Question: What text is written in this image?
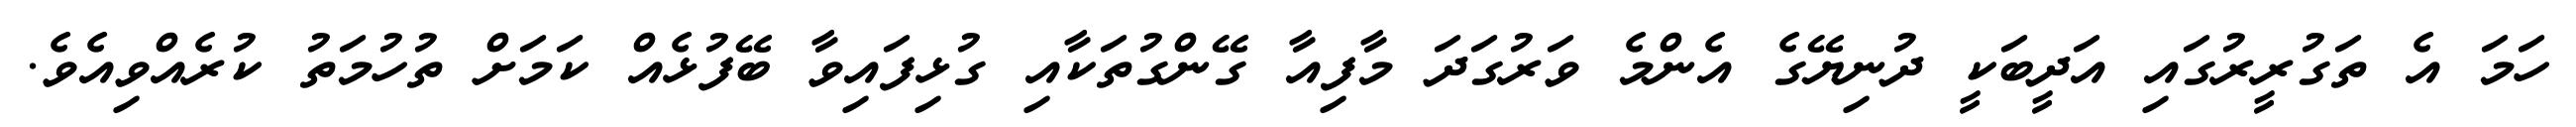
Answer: ހަމަ އެ ތަގުރީރުގައި އަދީބަކީ ދުނިޔޭގެ އެންމެ ވަރުގަދަ މާފިއާ ގޭންގުތަކާއި ގުޅިފައިވާ ބޭފުޅެއް ކަމަށް ތުހުމަތު ކުރެއްވިއެވެ.